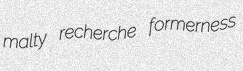
malty recherche formerness